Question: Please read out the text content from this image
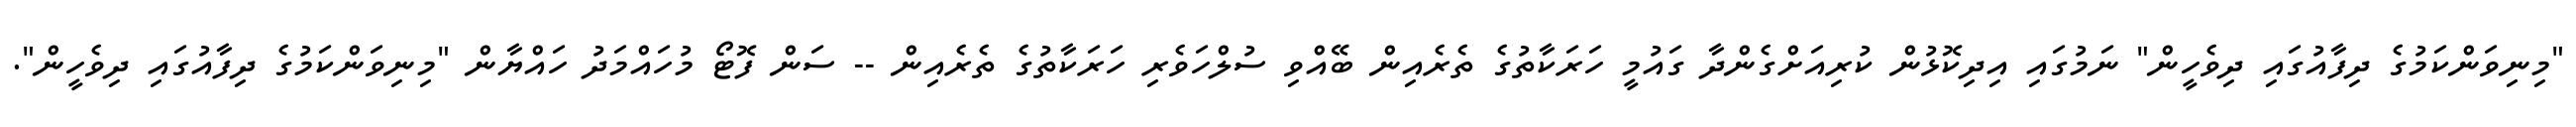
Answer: "މިނިވަންކަމުގެ ދިފާއުގައި ދިވެހީން" ނަމުގައި އިދިކޮޅުން ކުރިއަށްގެންދާ ގައުމީ ހަރަކާތުގެ ތެރެއިން ބޭއްވި ސުލްހަވެރި ހަރަކާތުގެ ތެރެއިން -- ސަން ފޮޓޯ މުހައްމަދު ހައްޔާން "މިނިވަންކަމުގެ ދިފާއުގައި ދިވެހީން".